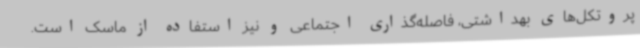
پروتکل‌های بهداشتی، فاصله‌گذاری اجتماعی و نیز استفاده از ماسک است.